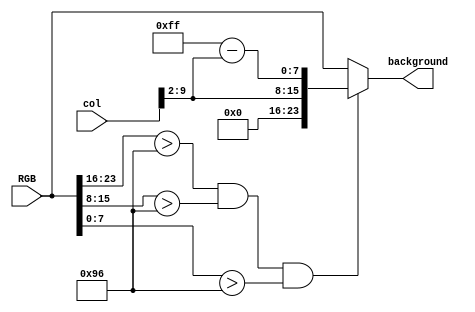
module Background(RGB, background, col);
	input  [23:0] RGB;
	input [10:0] col;
	output [23:0] background;

	wire [7:0] R;
	wire [7:0] G;
	wire [7:0] B;
	wire [23:0] color;
	assign color [23:16] = 8'd0;
	assign color [15:8] = col[9:2];
	assign color [7:0] = 8'hff - col[9:2];
	assign R = RGB[23:16];
	assign G = RGB[15:8];
	assign B = RGB[7:0];
	assign background = {(R > 150 & G > 150 & B > 150) ? color : RGB};

endmodule